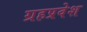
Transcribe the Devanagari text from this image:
ग्रहप्रवेश